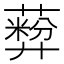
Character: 𬞦